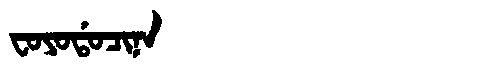
Manchu: ᠸᠣᠶᠣᡩᠣᠴᡳᠨᠠ
Romanization: FOYODOCINA